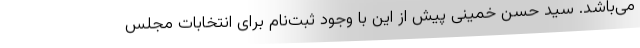
می‌باشد. سید حسن خمینی پیش از این با وجود ثبت‌نام برای انتخابات مجلس